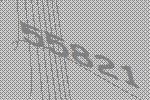
55821